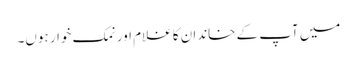
میں آپ کے خاندان کا غلام اور نمک خوار ہوں۔